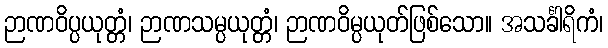
ဉာဏဝိပ္ပယုတ္တံ၊ ဉာဏသမ္ပယုတ္တံ၊ ဉာဏဝိမ္ပယုတ်ဖြစ်သော။ အသင်္ခါရိကံ၊